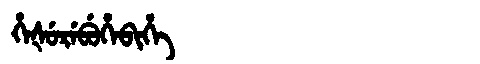
Manchu: ᡥᡝᡧᡠᡵᡝᠪᡠᡥᡝᠪᡳᡥᡝ
Romanization: HEŠUREBUHEBIHE